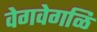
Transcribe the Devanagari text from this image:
वेगवेगळि